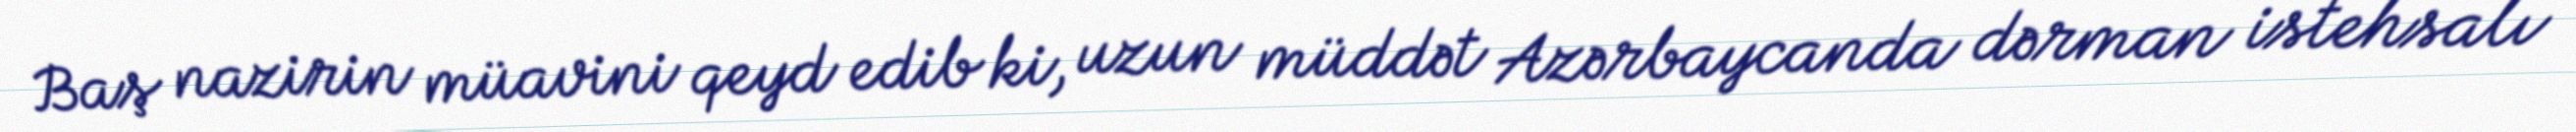
Baş nazirin müavini qeyd edib ki, uzun müddət Azərbaycanda dərman istehsalı